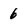
Character: 6